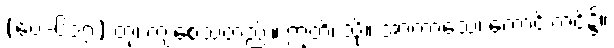
(ပေ-၆၁၇) တု၊ ကျစေသတည်း။ ဣတိ၊ သို့။ အာကာသေ၊ ကောင်းကင်၌။